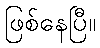
ဖြစ်နေပြီ။